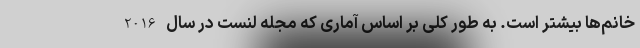
خانم‌ها بیشتر است. به طور کلی بر اساس آماری که مجله لنست در سال 2016